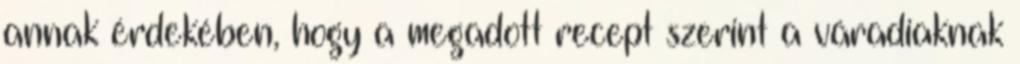
annak érdekében, hogy a megadott recept szerint a váradiaknak